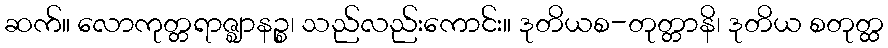
ဆက်။ လောကုတ္တရာဇ္ဈာနဉ္စ၊ သည်လည်းကောင်း။ ဒုတိယစ-တုတ္တာနိ၊ ဒုတိယ စတုတ္ထ